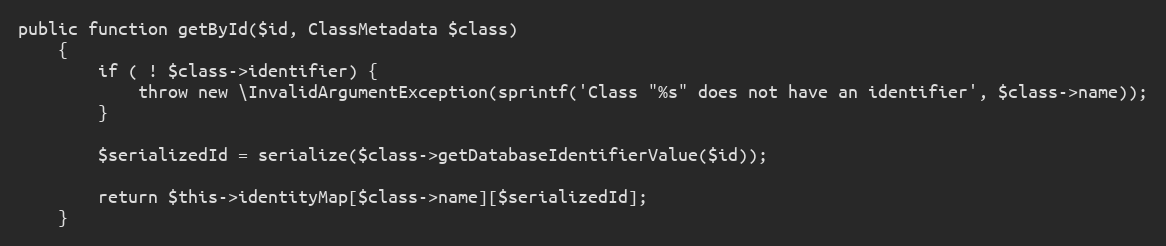
Language: PHP
public function getById($id, ClassMetadata $class)
    {
        if ( ! $class->identifier) {
            throw new \InvalidArgumentException(sprintf('Class "%s" does not have an identifier', $class->name));
        }

        $serializedId = serialize($class->getDatabaseIdentifierValue($id));

        return $this->identityMap[$class->name][$serializedId];
    }